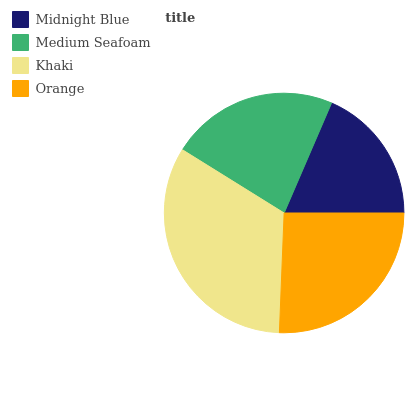
| Midnight Blue | Medium Seafoam | Khaki | Orange |
 | --- | --- | --- | --- |
 | 18.5% | 22.6% | 33.3% | 25.6% |